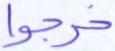
خرجوا